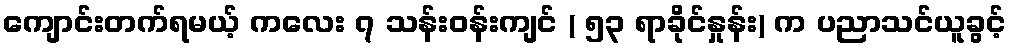
ကျောင်းတက်ရမယ့် ကလေး ၇ သန်းဝန်းကျင် ( ၅၃ ရာခိုင်နှုန်း) က ပညာသင်ယူခွင့်